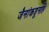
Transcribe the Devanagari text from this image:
जैनांकडूनहि